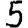
Digit: 5